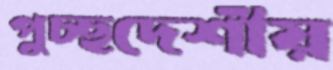
পুচ্ছদেশীয়